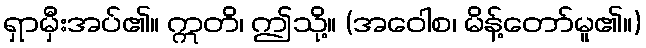
ရှာမှီးအပ်၏။ ဣတိ၊ ဤသို့။ (အဝေါစ၊ မိန့်တော်မူ၏။)